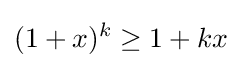
(1+x)^{k}\geq 1+kx